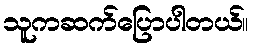
သူကဆက်ပြောပါတယ်။